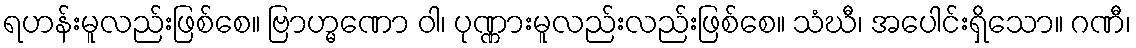
ရဟန်းမူလည်းဖြစ်စေ။ ဗြာဟ္မဏော ဝါ၊ ပုဏ္ဏားမူလည်းလည်းဖြစ်စေ။ သံဃီ၊ အပေါင်းရှိသော။ ဂဏီ၊